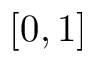
[ 0 , 1 ]